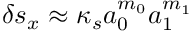
\delta s _ { x } \approx \kappa _ { s } a _ { 0 } ^ { m _ { 0 } } a _ { 1 } ^ { m _ { 1 } }